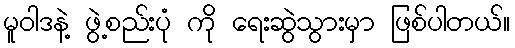
မူဝါဒနဲ့ ဖွဲ့စည်းပုံ ကို ရေးဆွဲသွားမှာ ဖြစ်ပါတယ်။